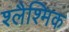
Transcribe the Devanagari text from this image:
श्लैश्मिक